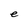
Character: e